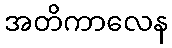
အတိကာလေန